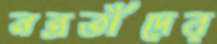
নন্রতাঁদের